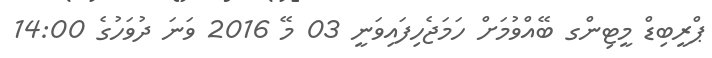
ޕްރީބިޑް މީޓިންގ ބޭއްވުމަށް ހަމަޖެހިފައިވަނީ 03 މޭ 2016 ވަނަ ދުވަހުގެ 14:00